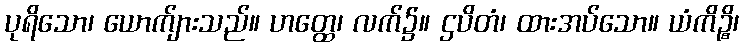
ပုရိသော၊ ယောက်ျားသည်။ ဟတ္ထေ၊ လက်၌။ ဌပိတံ၊ ထားအပ်သော။ ယံကိဉ္စိ၊